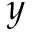
y